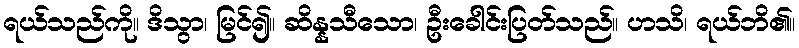
ရယ်သည်ကို။ ဒိသွာ၊ မြင်၍။ ဆိန္နသီသော၊ ဦးခေါင်းပြတ်သည်။ ဟသိ၊ ရယ်ဘိ၏။